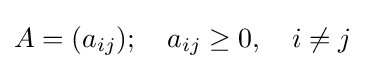
A=(a_{ij});\quad a_{ij}\geq 0,\quad i\neq j